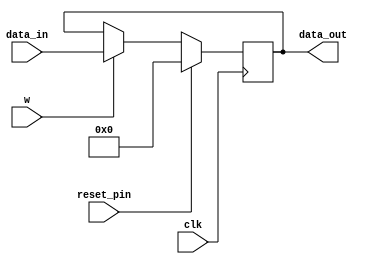
module register(data_in,data_out,clk,w,reset_pin);

input [15:0] data_in;
input clk, reset_pin;
input w;
output [15:0] data_out;
reg [15:0] data_out;
reg [15:0] reg_m;

always@(posedge clk)
begin
   if (reset_pin)
	reg_m <= 16'b0;
	else if (w == 1)
	reg_m <= data_in;
	else 
	reg_m <= reg_m;
end

always @(*)
begin	
	data_out <= reg_m;	
end

endmodule